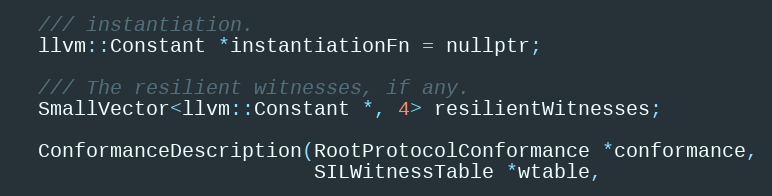
Language: C
  /// instantiation.
  llvm::Constant *instantiationFn = nullptr;

  /// The resilient witnesses, if any.
  SmallVector<llvm::Constant *, 4> resilientWitnesses;

  ConformanceDescription(RootProtocolConformance *conformance,
                         SILWitnessTable *wtable,